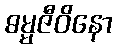
ဓမ္မဇီဝိနော